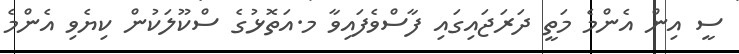
ސީ އިން އެންމެ މަތީ ދަރަޖައިގައި ފާސްވެފައިވާ މ.އަތޮޅުގެ ސްކޫލަކުން ކިޔެވި އެންމެ